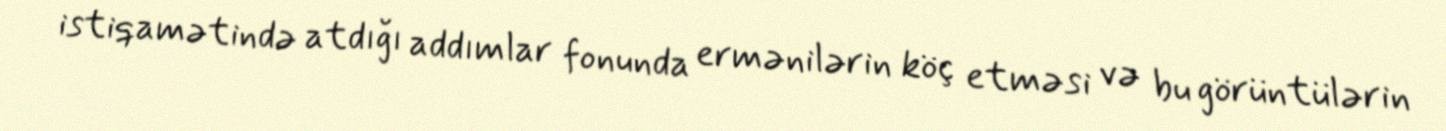
istiqamətində atdığı addımlar fonunda ermənilərin köç etməsi və bu görüntülərin